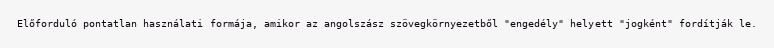
Előforduló pontatlan használati formája, amikor az angolszász szövegkörnyezetből "engedély" helyett "jogként" fordítják le.